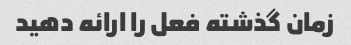
زمان گذشته فعل را ارائه دهید